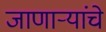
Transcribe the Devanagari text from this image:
जाणाऱ्यांचे